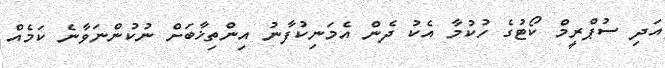
އަދި ސުޕްރީމް ކޯޓުގެ ހުކުމާ އެކު ދެން އެމަނިކުފާނު އިންތިޚާބަށް ނުކުންނަވާނެ ކަމެއް